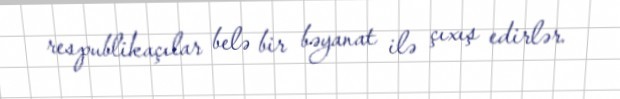
respublikaçılar belə bir bəyanat ilə çıxış edirlər.